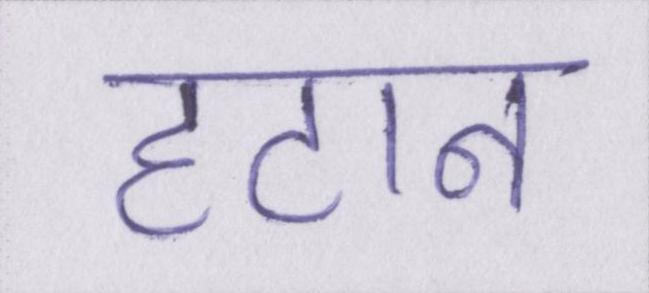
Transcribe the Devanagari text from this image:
हटान